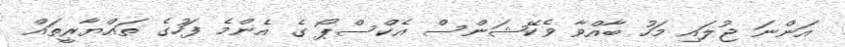
އަންނަ ޖުލައި މަހު ބާއްވާ ވެކޭޝަންސް އެކްސްޕޯ ގެ އެންމެ ފަހުގެ ތައްޔާރީތައް